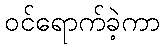
ဝင်ရောက်ခဲ့ကာ